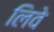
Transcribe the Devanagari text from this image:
लिवे